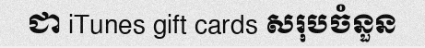
ជា iTunes gift cards សរុបចំនួន